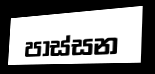
පාස්සන